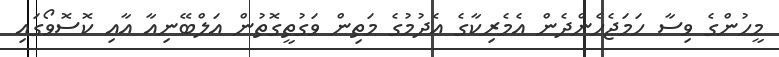
މީހުންގެ ވިސާ ހަމަޖެހެންދެން އެމެރިކާގެ އެދުމުގެ މަތިން ވަގުތީގޮތުން އަލްބޭނިއާ އާއި ކޮސޮވޯގައި